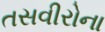
તસવીરોના